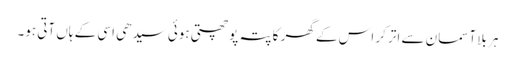
ہر بلا آسمان سے اتر کر اس کے گھر کا پتہ پوچھتی ہوئی سیدھی اسی کے ہاں آتی ہو۔